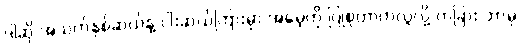
ဒါဆို အသက်နှစ်ဆယ်နဲ့ ငါးဆယ်ကြားမှာ အမေ့ကို ပြုစုတာကလွဲလို့ တခြား ဘာမှ